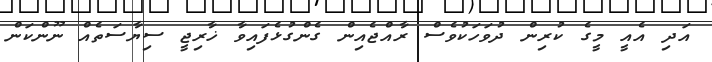
އަދި އެއީ މީގެ ކުރިން ދުވަހަކުވެސް ރާއްޖެއިން ގެންގުޅެފައިވާ ޚާރިޖީ ސިޔާސަތެއް ނޫންކަން